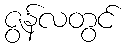
ဇွန်လတွင်